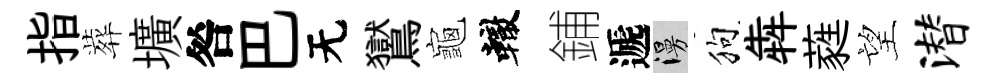
指葬壙咎巴无鸑龜轍鋪遞漫狗犇蕤望潜